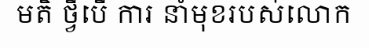
មតិ ថ្វីបើ ការ នាំមុខរបស់លោក